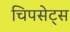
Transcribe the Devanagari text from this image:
चिपसेट्स